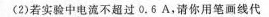
(2)若实验中电流不超过0.6A，请你用笔画线代